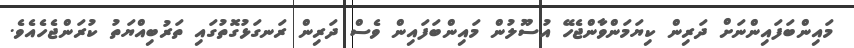
މައިންބަފައިންނަށް ދަރިން ކިޔަމަންވާންޖެހޭ އުސޫލުން މައިންބަފައިން ވެސް ދަރިން ރަނގަޅުގޮތުގައި ތަރުބިއްޔަތު ކުރަންޖެހެއެވެ.